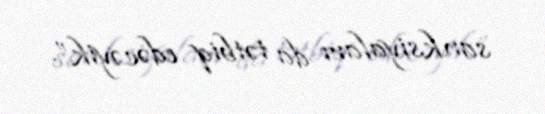
sanksiyaları da tətbiq edəcəyik”.